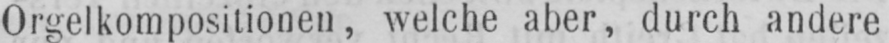
Orgelkompositionen, welche aber, durch andere